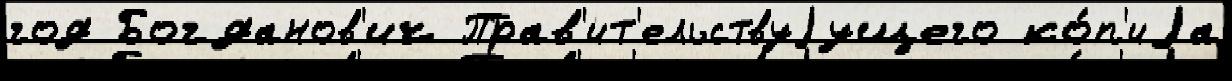
год Богданов'ич Прав'ит'ельствуjущего ко́п'иjа